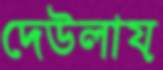
দেউলায়